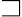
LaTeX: \sqsupset